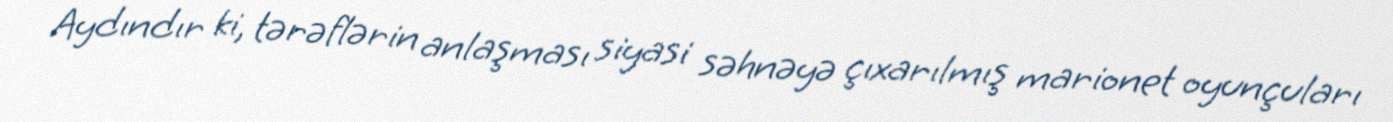
Aydındır ki, tərəflərin anlaşması siyasi səhnəyə çıxarılmış marionet oyunçuları